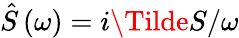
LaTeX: \hat{S}\left(\omega\right)=i\Tilde{S}/\omega